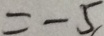
= - 5